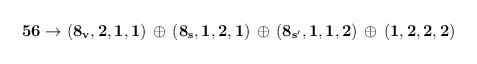
LaTeX: \begin{align*}{\bf 56}\rightarrow {\bf (8_v,2,1,1)\, \oplus \, (8_s,1,2,1)\,\oplus \,(8_{s^\prime},1,1,2)}\, \oplus\, {\bf (1,2,2,2)}\end{align*}